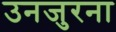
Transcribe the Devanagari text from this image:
उनजुरना